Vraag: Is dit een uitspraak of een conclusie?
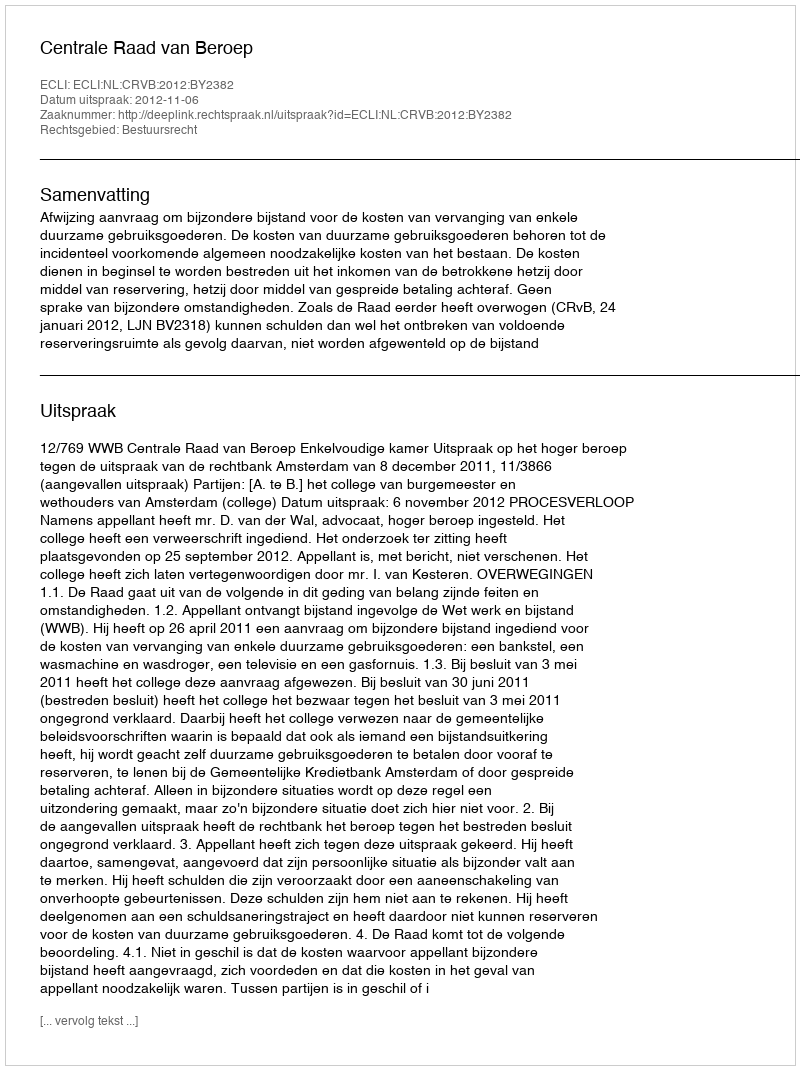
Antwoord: Uitspraak